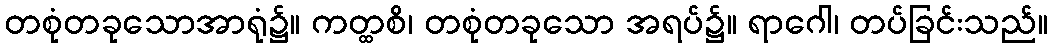
တစုံတခုသောအာရုံ၌။ ကတ္ထစိ၊ တစုံတခုသော အရပ်၌။ ရာဂေါ၊ တပ်ခြင်းသည်။